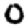
Digit: 0